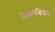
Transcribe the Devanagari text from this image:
सतमत्रिका